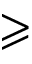
\geqslant